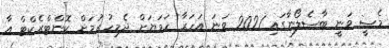
މެސީ ވަނީ ބާސެލޯނާގައި 2021 ވަނަ އަހަރާ ހަމަޔަށް ދެމިހުރުމަށް ކޮންޓްރެކްޓް އާ